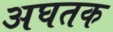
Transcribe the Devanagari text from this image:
अघतक